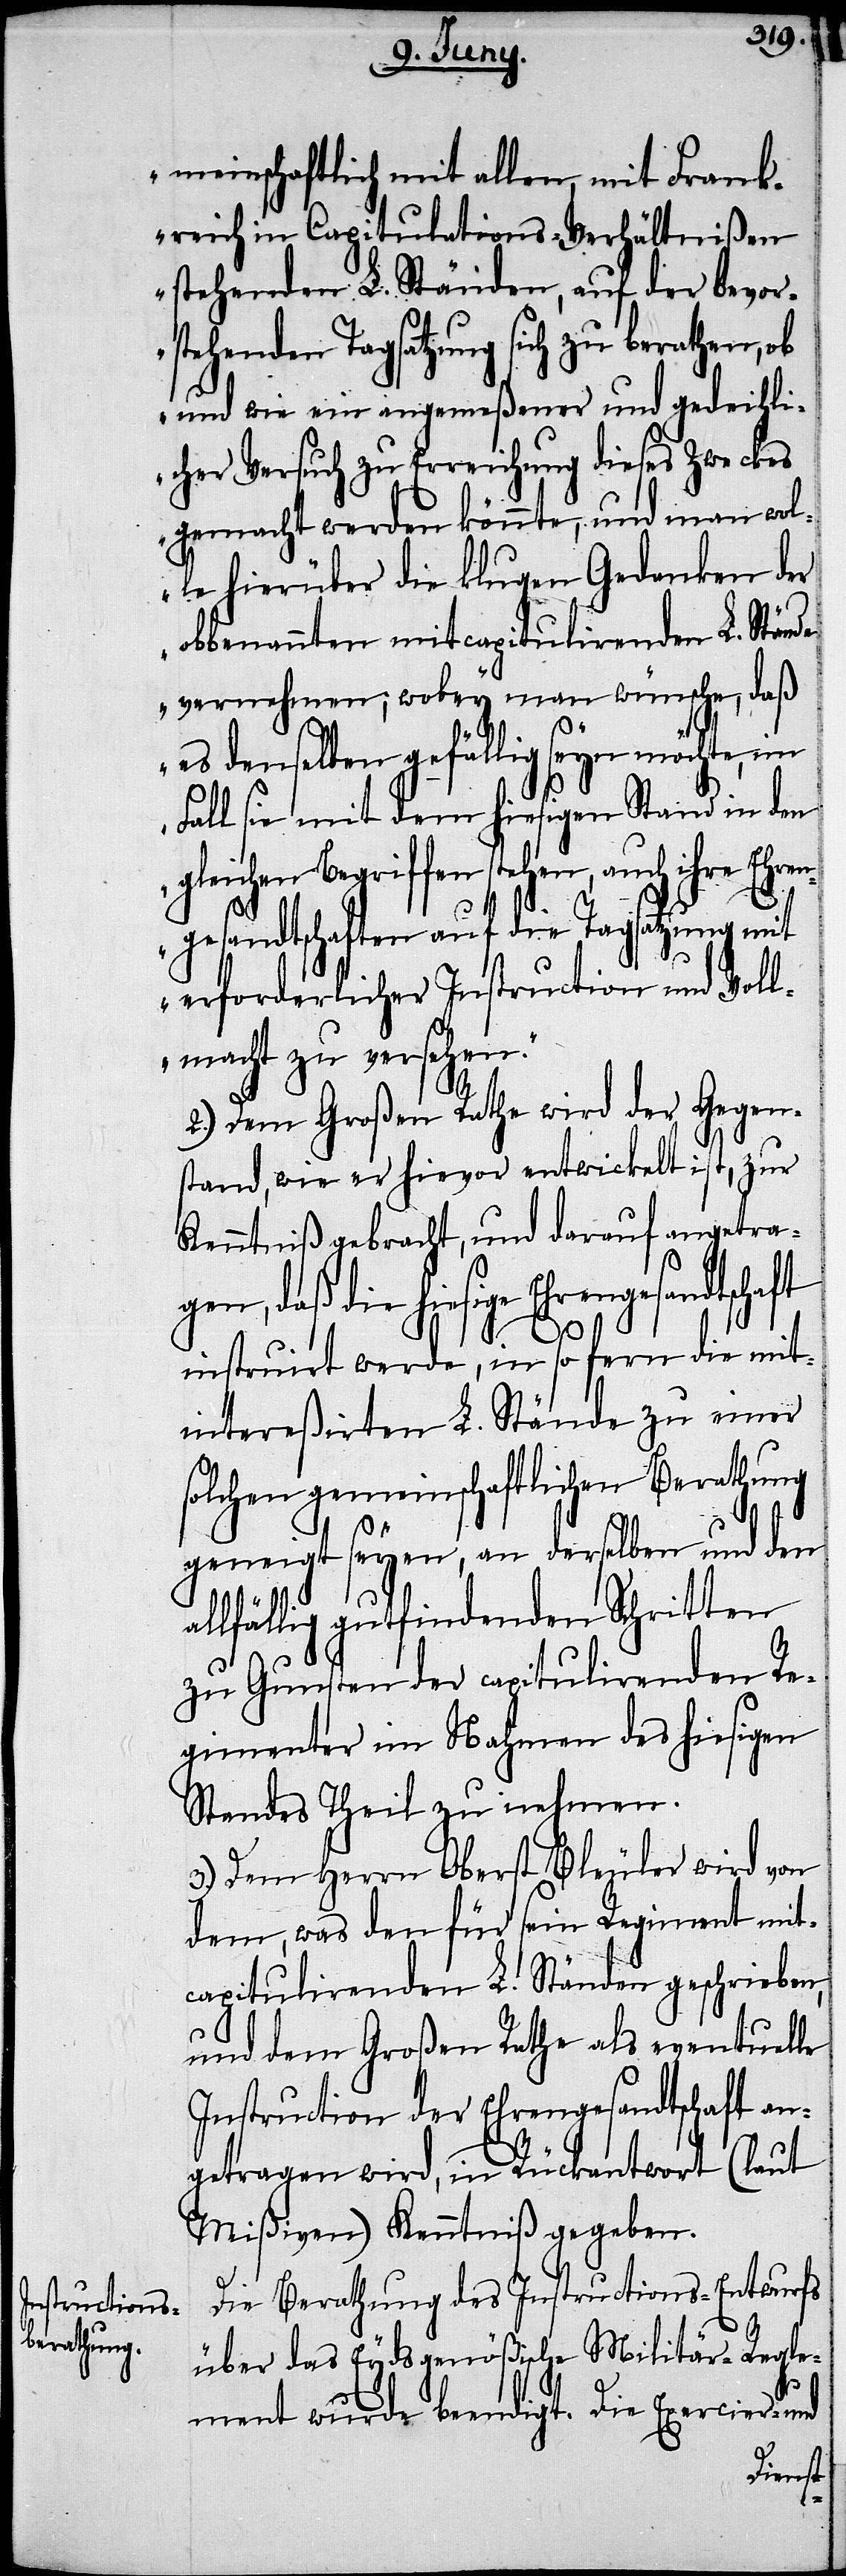
meinschaftlich mit allen, mit Frank¬
reich in Capitulations-Verhältnißen
stehenden L. Ständen, auf der bevors¬
tehenden Tagsatzung sich zu berathen,
und wie ein angemeßener und gedeihli¬
cher Versuch zu Erreichung dieses Zweckes
gemacht werden könnte, und man wol¬
le hierüber die klugen Gedanken der
obbenannten mitcapitulirenden L. Stände
vernehmen; wobey man wünsche, daß
es denselben gefällig seyn möchte, im
Fall sie mit dem hiesigen Stand in den
gleichen Begriffen stehen, auch ihre Ehre¬
ngesandtschaften auf die Tagsatzung mit
erforderlicher Instruction und Voll¬
macht zu versehen.“
2.) Dem Großen Rathe wird der Gegen¬
stand, wie er hievor entwickelt ist, zur
Kenntniß gebracht, und darauf angetrag¬
en, daß die hiesige Ehrengesandtschaft
instruirt werde, in so fern die mit¬
intereßirten L. Stände zu einer
solchen gemeinschaftlichen Berathung
a¬
geneigt seyen, an derselben und den
llfällig gutfindenden Schritten
zu Gunsten der Capitulirenden Re¬
gimenter im Nahmen des hiesigen
Standes Theil zu nehmen.
3.) Dem Herrn Oberst Bleuler wird von
dem, was den für sein Regiment mit¬
capitulirenden L. Ständen geschrieben,
und dem Großen Rathe als eventuelle
Instruction der Ehrengesandtschaft an¬
getragen wird, in Rückantwort (laut
Mißiven) Kenntniß gegeben.
Die Berathung des Instructions-Entwurfs
über das Eydsgenößische Militär-Regle¬
ment wurde beendigt. Die Exercier- und